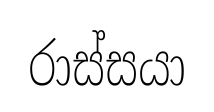
රාස්සයා